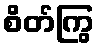
စိတ်ကြွ